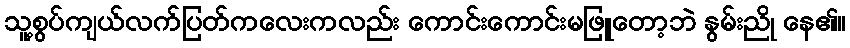
သူ့စွပ်ကျယ်လက်ပြတ်ကလေးကလည်း ကောင်းကောင်းမဖြူတော့ဘဲ နွမ်းညို နေ၏။